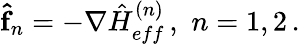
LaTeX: {\mathbf{\hat{f}}}_{n}=-\nabla{\hat{H}}_{eff}^{(n)}\, ,\, \, n=1,2\, .